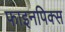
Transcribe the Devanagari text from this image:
फाइनपिक्स